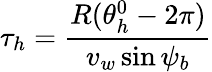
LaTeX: \tau_{h}=\frac{R(\theta_{h}^{0}-2\pi)}{v_{w}\sin\psi_{b}}